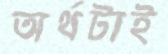
অর্থটাই